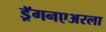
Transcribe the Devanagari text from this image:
ड्रॅगनएअरला